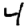
Digit: 4